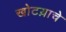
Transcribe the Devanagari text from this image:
खोटय़ाचे